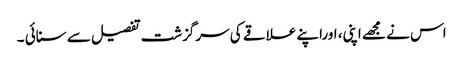
اس نے مجھے اپنی، اوراپنے علاقے کی سرگزشت تفصیل سے سنائی ۔